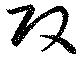
攻